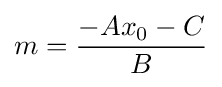
m={\frac {-Ax_{0}-C}{B}}